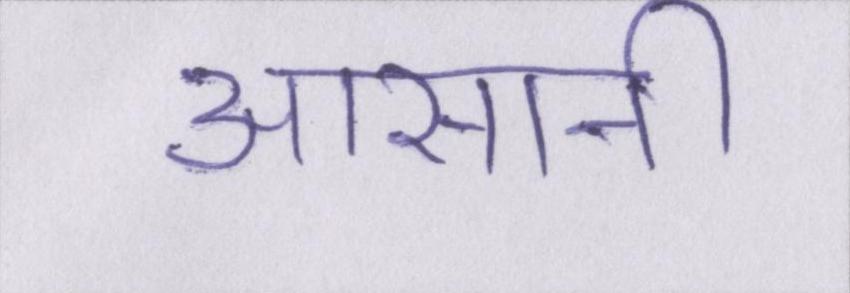
आसानी